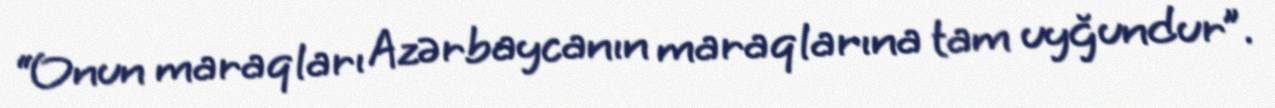
“Onun maraqları Azərbaycanın maraqlarına tam uyğundur”.